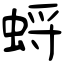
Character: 蛶